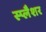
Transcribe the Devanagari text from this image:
स्प्लैशर